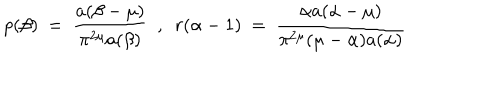
LaTeX: p ( \beta ) ~ = ~ \frac { a ( \beta - \mu ) } { \pi ^ { 2 \mu } a ( \beta ) } ~ ~ , ~ ~ r ( \alpha - 1 ) ~ = ~ \frac { \alpha a ( \alpha - \mu ) } { \pi ^ { 2 \mu } ( \mu - \alpha ) a ( \alpha ) }